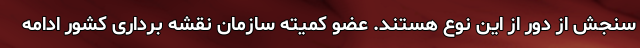
سنجش از دور از این نوع هستند. عضو کمیته سازمان نقشه برداری کشور ادامه